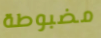
مضبوطة